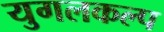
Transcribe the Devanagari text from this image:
युगलकल्प